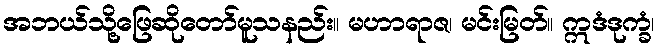
အဘယ်သို့ဖြေဆိုတော်မူသနည်း။ မဟာရာဇ၊ မင်းမြတ်။ ဣဒံဒုက္ခံ၊